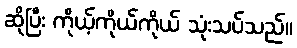
ဆိုပြီး ကိုယ့်ကိုယ်ကိုယ် သုံးသပ်သည်။